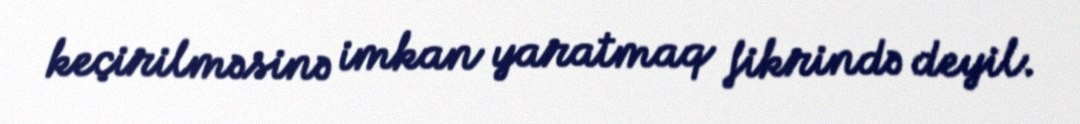
keçirilməsinə imkan yaratmaq fikrində deyil.